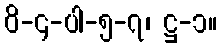
ဝိ-၄-ပါ-၅-၇၊ ဋ္ဌ-၁။